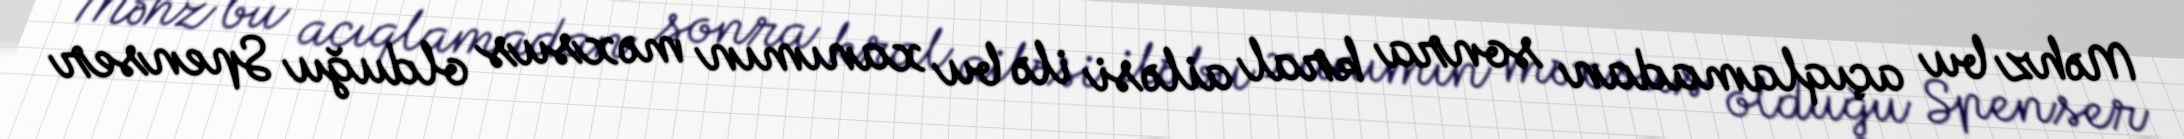
Məhz bu açıqlamadan sonra kral ailəsi ilə bu xanımın məxsus olduğu Spenser